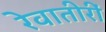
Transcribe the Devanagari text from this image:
रेवातीरीं